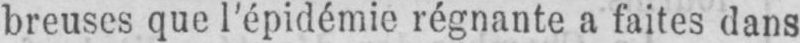
breuses que l’épidémie régnante a faites dans